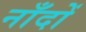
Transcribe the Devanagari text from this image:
नाँदों